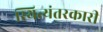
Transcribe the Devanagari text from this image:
स्थित्यंतरकारी